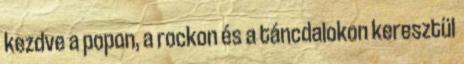
kezdve a popon, a rockon és a táncdalokon keresztül